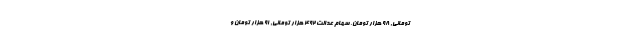
تومانی, 98 هزار تومان، سهام عدالت 492 هزار تومانی, 91 هزار تومان و